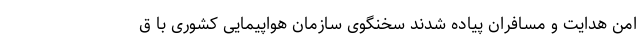
امن هدایت و مسافران پیاده شدند سخنگوی سازمان هواپیمایی کشوری با ق